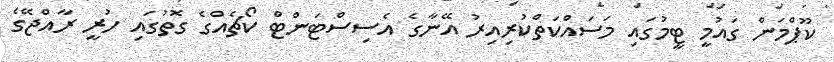
ކޫޕްމަން ގައުމީ ޓީމުގައި މަސައްކަތްކުރިއިރު އޭނާގެ އެސިސްޓަންޓް ކޯޗެއްގެ ގޮތުގައި ހުރީ ރާއްޖޭގެ